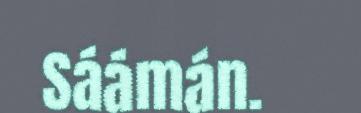
Sáámán.